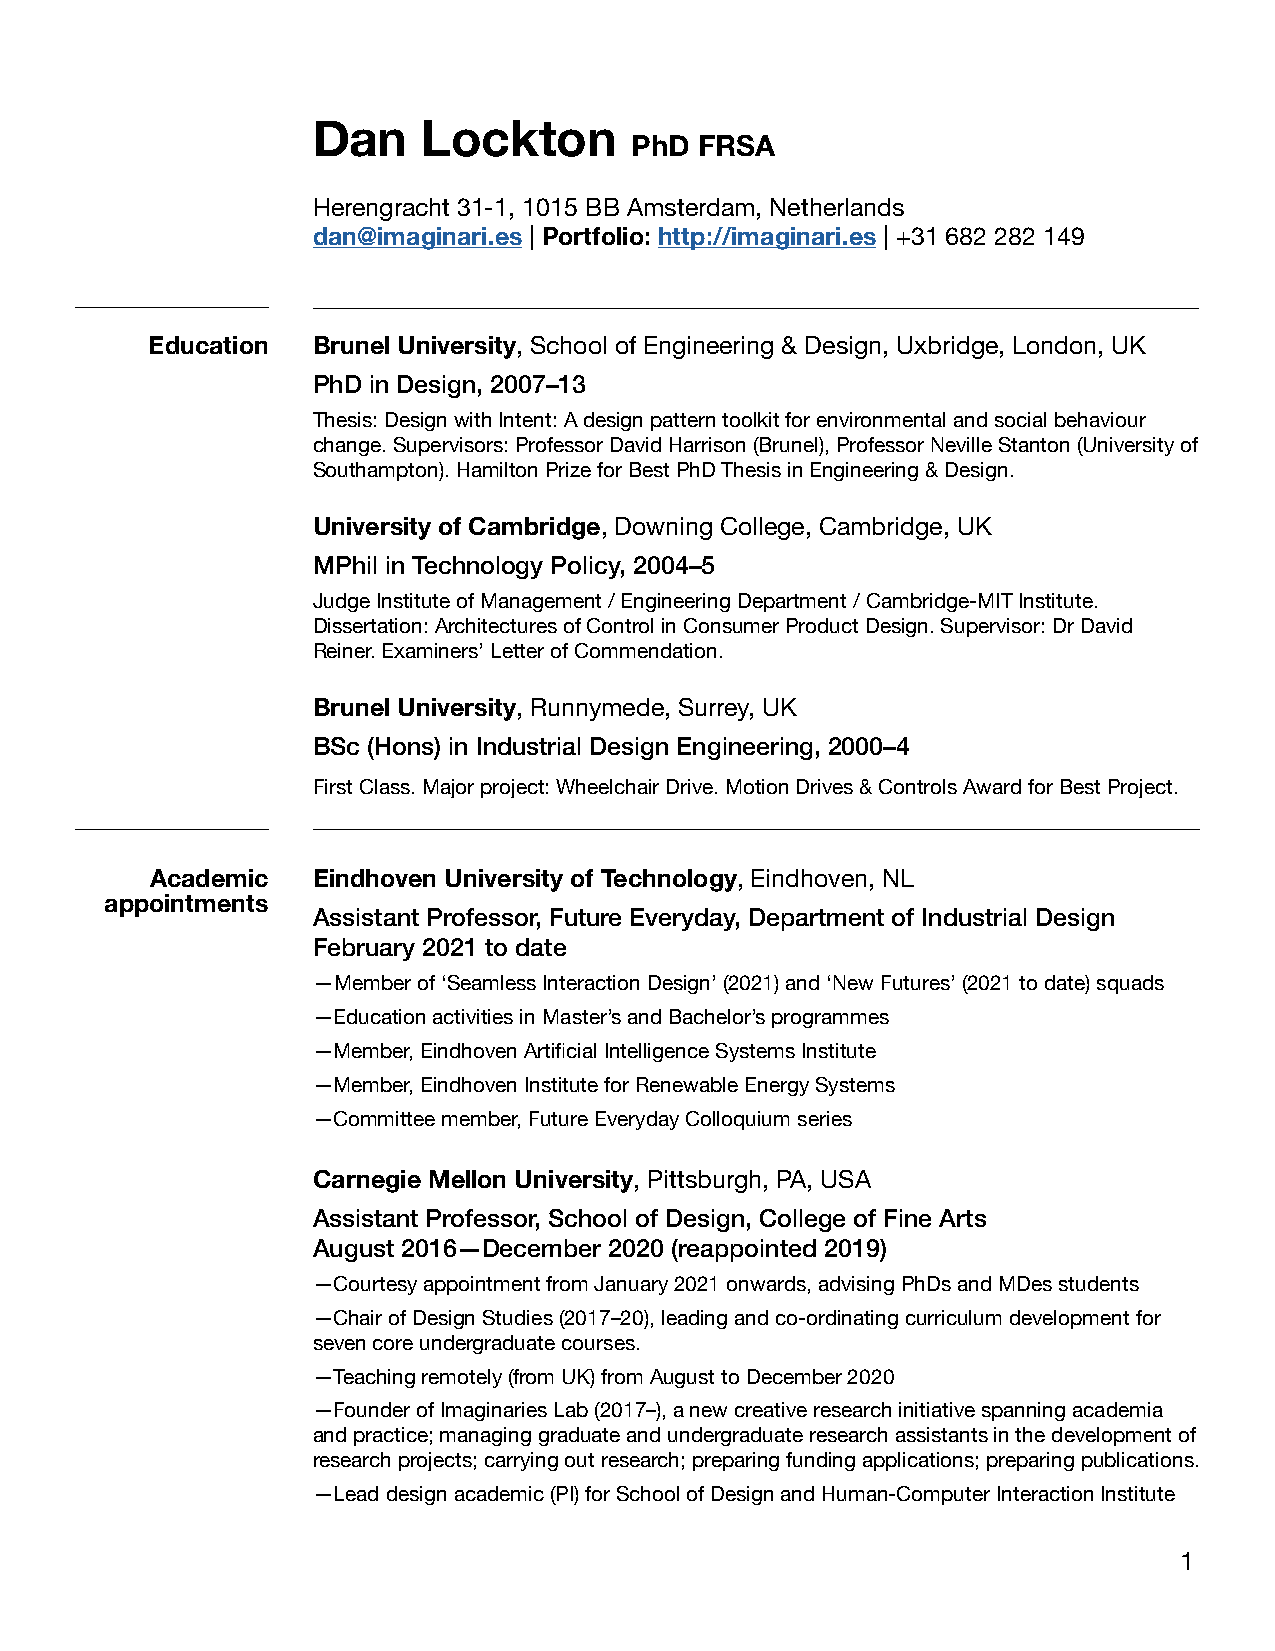
Dan    Lockton
 PhD FRSA
 Herengracht 31-1, 1015 BB Amsterdam, Netherlands
 dan@imaginari.es | Portfolio: http://imaginari.es | +31 682 282 149
 Education  Brunel University, School of Engineering & Design, Uxbridge, London, UK
 PhD in Design, 2007–13
 Thesis: Design with Intent: A design pattern toolkit for environmental and social behaviour
 change. Supervisors: Professor David Harrison (Brunel), Professor Neville Stanton (University of
 Southampton). Hamilton Prize for Best PhD Thesis in Engineering & Design.
 University of Cambridge, Downing College, Cambridge, UK
 MPhil in Technology Policy, 2004–5
 Judge Institute of Management / Engineering Department / Cambridge-MIT Institute.
 Dissertation: Architectures of Control in Consumer Product Design. Supervisor: Dr David
 Reiner. Examiners’ Letter of Commendation.
 Brunel University, Runnymede, Surrey, UK
 BSc (Hons) in Industrial Design Engineering, 2000–4
 First Class. Major project: Wheelchair Drive. Motion Drives & Controls Award for Best Project.
 Academic   Eindhoven University of Technology, Eindhoven, NL
 appointments
 Assistant Professor, Future Everyday, Department of Industrial Design
 February 2021 to date
 —Member of ‘Seamless Interaction Design’ (2021) and ‘New Futures’ (2021 to date) squads
 —Education activities in Master’s and Bachelor’s programmes
 —Member, Eindhoven Artificial Intelligence Systems Institute
 —Member, Eindhoven Institute for Renewable Energy Systems
 —Committee member, Future Everyday Colloquium series
 Carnegie Mellon University, Pittsburgh, PA, USA
 Assistant Professor, School of Design, College of Fine Arts
 August 2016—December 2020 (reappointed 2019)
 —Courtesy appointment from January 2021 onwards, advising PhDs and MDes students
 —Chair of Design Studies (2017–20), leading and co-ordinating curriculum development for
 seven core undergraduate courses.
 —Teaching remotely (from UK) from August to December 2020
 —Founder of Imaginaries Lab (2017–), a new creative research initiative spanning academia
 and practice; managing graduate and undergraduate research assistants in the development of
 research projects; carrying out research; preparing funding applications; preparing publications.
 —Lead design academic (PI) for School of Design and Human-Computer Interaction Institute
 1